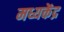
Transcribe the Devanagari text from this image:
मध्यकेंद्र